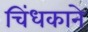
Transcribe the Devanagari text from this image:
चिंधकाने